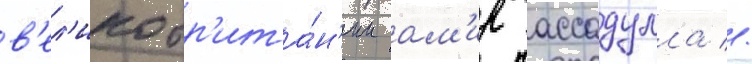
в'ел'икобр'ита́н'ии ам'ир ассадулла //